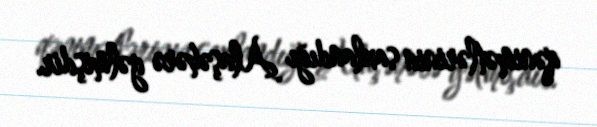
qənimətlərinin saxlandığı Alaşəhərə gəlmişdir.